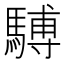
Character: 𫘒